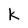
Character: k